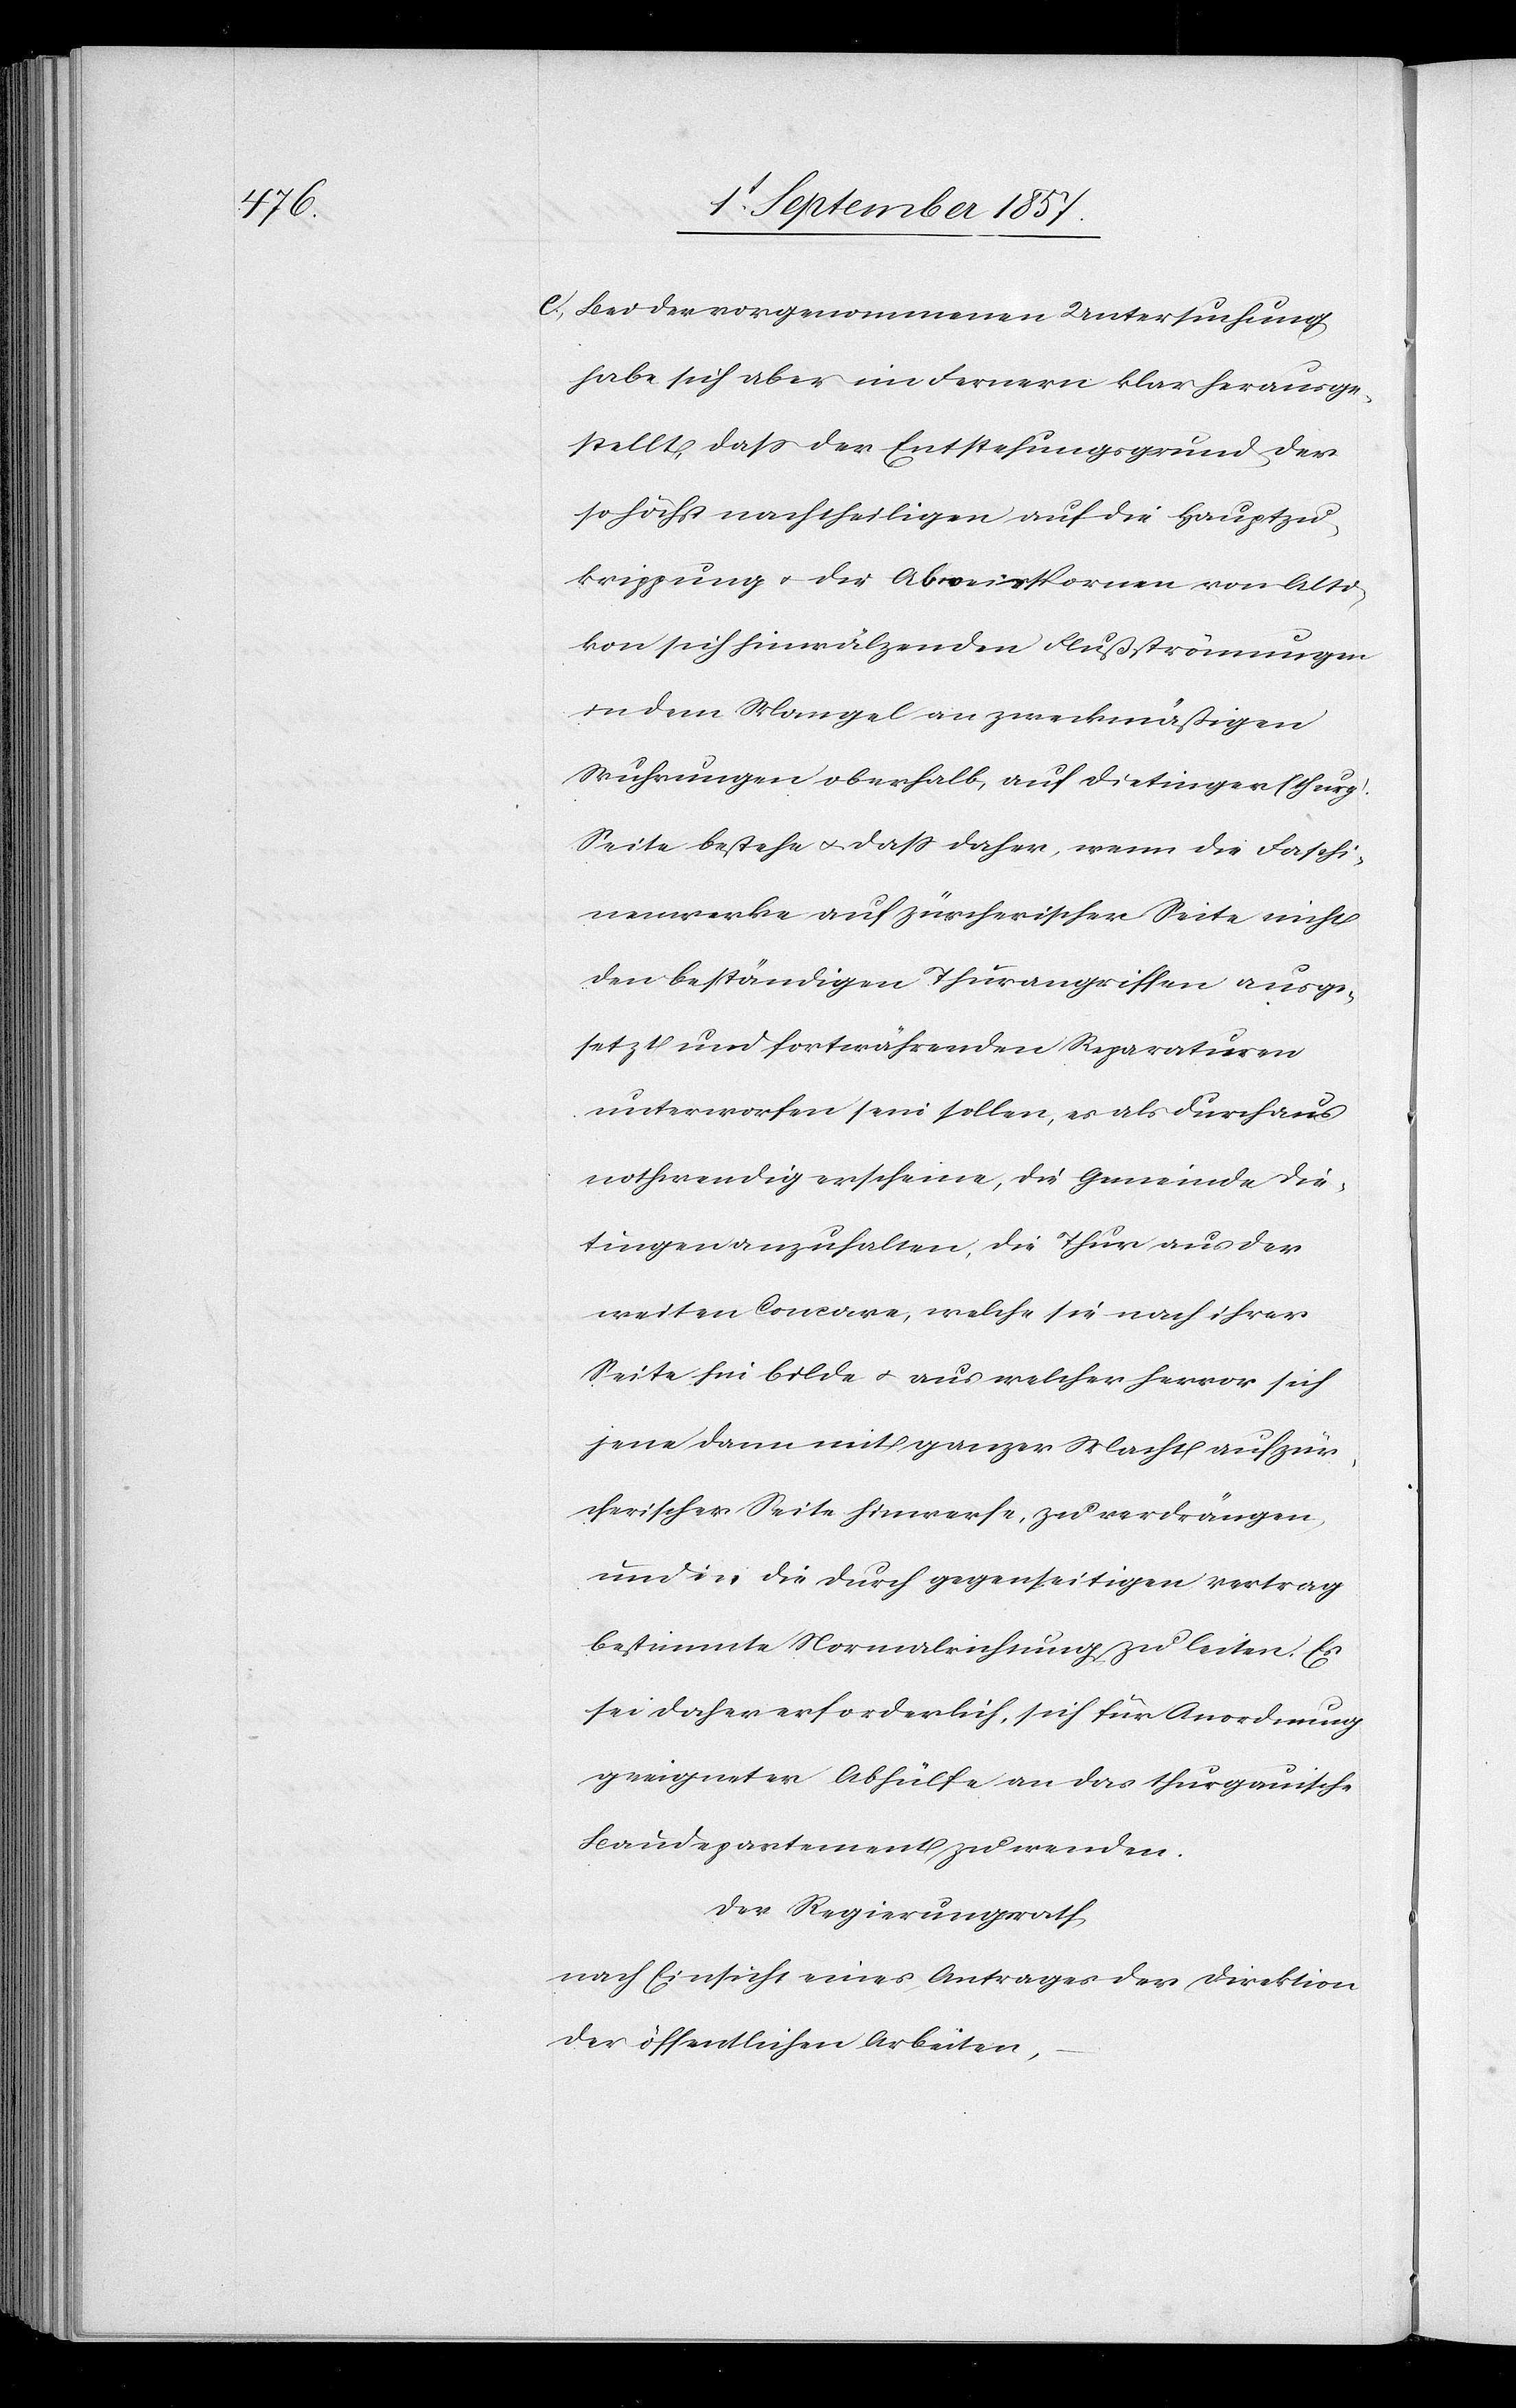
e) Bei der vorgenommenen Untersuchung
habe sich aber im Fernern klar herausge¬
stellt, daß der Entstehungsgrund der
so höchst nachtheiligen auf die Hauptzu¬
krippung & der Abweisspornen von Alti¬
kon sich hinwälzenden Flußströmungen
in dem Mangel an zweckmäßigen
Wuhrungen oberhalb, auf Dietinger (thurg.)
Seite bestehe & daß daher, wenn die Faschi¬
nenwerke auf Zürcherischer Seite nicht
den beständigen Thurangriffen ausge¬
setzt und fortwährenden Reparaturen
unterworfen sein sollen, es als durchaus
nothwendig erscheine, die Gemeinde Die¬
tingen anzuhalten, die Thur aus der
weiten Concave, welche sie nach ihrer
Seite hin bilde & aus welcher hervor sich
jene dann mit ganzer Macht auf zür¬
cherischer Seite hinwerfe, zu verdrängen,
um die durch gegenseitigen Vertrag
bestimmte Normalrichtung zu leiten. Es
sei daher erforderlich, sich für Anordnung
geeigneter Abhülfe an das thurgauische
Baudepartement zu wenden.
Der Regierungsrath,
nach Einsicht eines Antrages der Direktion
der öffentlichen Arbeiten,